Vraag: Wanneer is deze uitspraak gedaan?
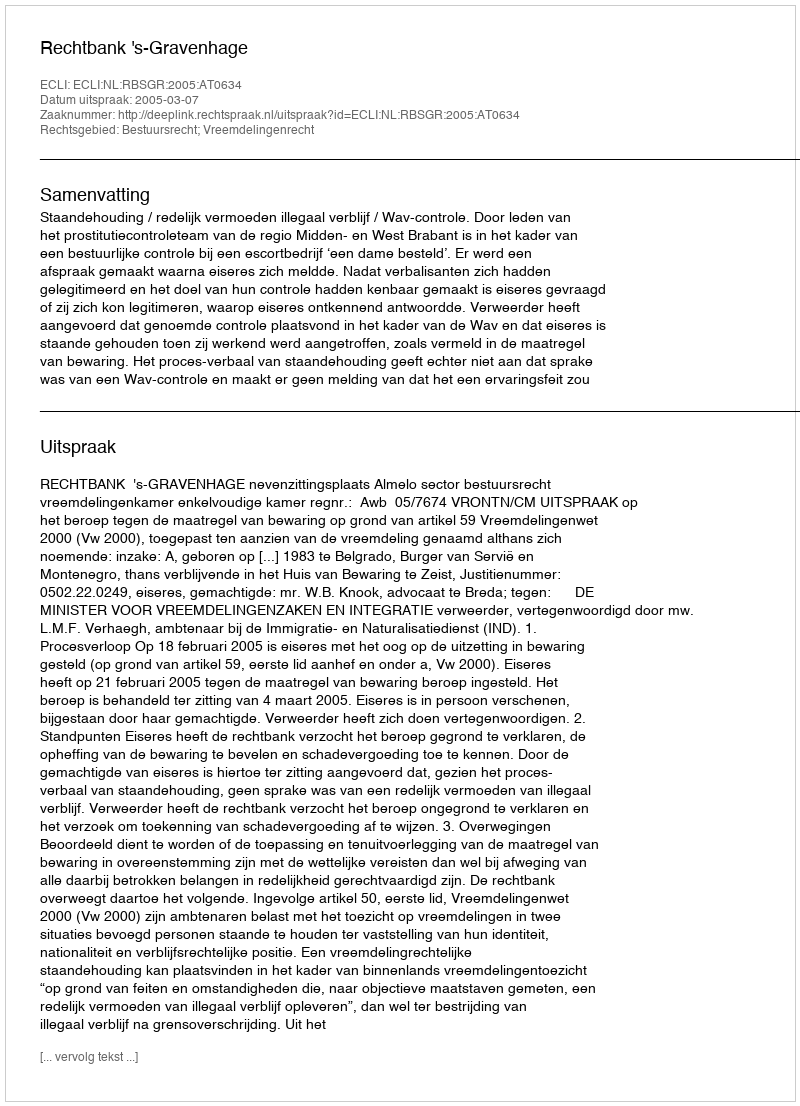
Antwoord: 2005-03-07